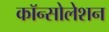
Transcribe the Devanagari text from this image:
कॉन्सोलेशन